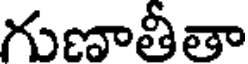
గుణాతీతా